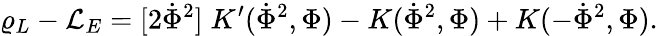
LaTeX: \varrho_{L}-{\cal L}_{E}=[2\dot{\Phi}^{2}]\; K^{\prime}(\dot{\Phi}^{2},\Phi)-K(\dot{\Phi}^{2},\Phi)+K(-\dot{\Phi}^{2},\Phi).